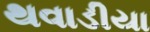
થવાડીયા